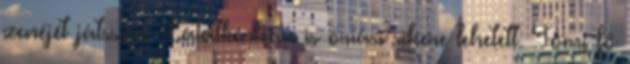
zenéjét játssza. Látatlanban is óriási sikere lehetett. Tomi fő